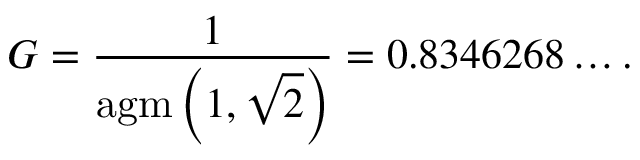
G = { \frac { 1 } { \operatorname { a g m } \left( 1 , { \sqrt { 2 } } \right) } } = 0 . 8 3 4 6 2 6 8 \dots .